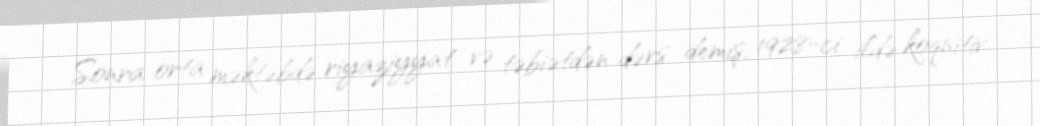
Sonra orta məktəbdə riyaziyyat və təbiətdən dərs demiş, 1928-ci ildə koqnitiv